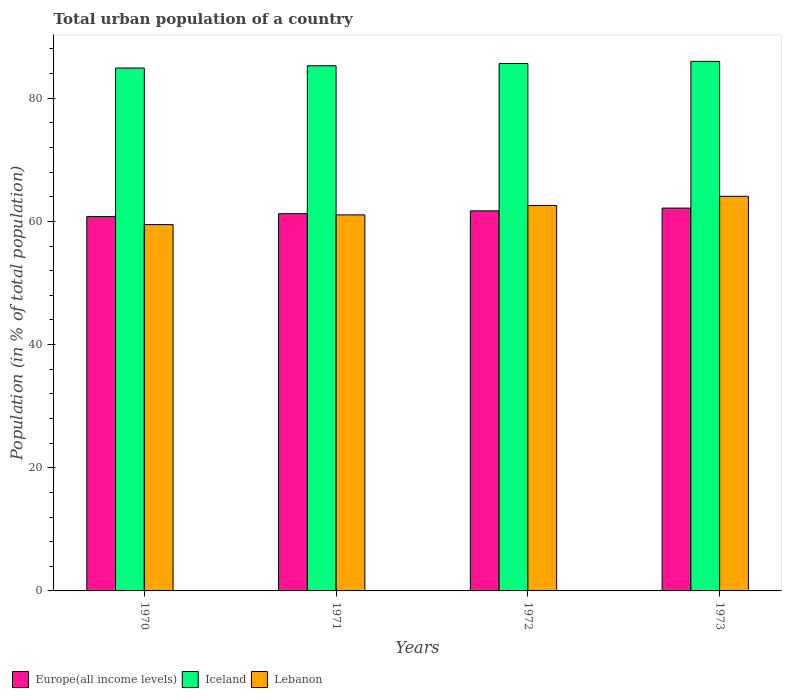
| Years | Europe(all income levels) | Iceland | Lebanon |
 | --- | --- | --- | --- |
 | 1970 | 60.8 | 84.9 | 59.5 |
 | 1971 | 61.2 | 85.3 | 61.1 |
 | 1972 | 61.7 | 85.6 | 62.6 |
 | 1973 | 62.2 | 86 | 64.1 |